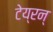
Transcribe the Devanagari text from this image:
टेय्रन्